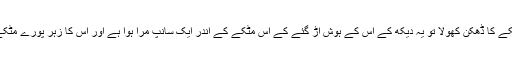
جب موکھی نے مٹکے کا ڈھکن کھولا تو یہ دیکھ کے اس کے ہوش اڑ گئے کے اس مٹکے کے اندر ایک سانپ مرا ہوا ہے اور اس کا زہر پورے مٹکے میں پھیل گیا ہے۔